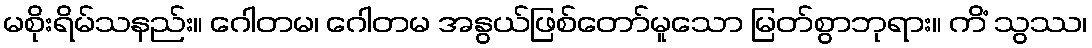
မစိုးရိမ်သနည်း။ ဂေါတမ၊ ဂေါတမ အနွယ်ဖြစ်တော်မူသော မြတ်စွာဘုရား။ ကိံ သွဿ၊